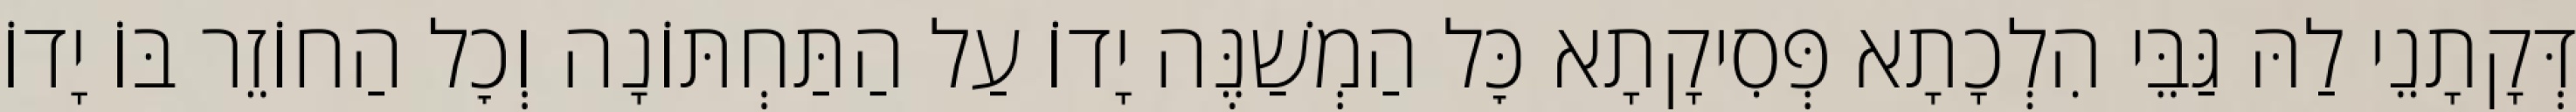
דְּקָתָנֵי לַהּ גַּבֵּי הִלְכָתָא פְּסִיקָתָא כׇּל הַמְשַׁנֶּה יָדוֹ עַל הַתַּחְתּוֹנָה וְכׇל הַחוֹזֵר בּוֹ יָדוֹ